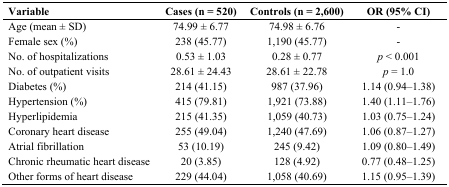
<table><thead><tr><td><b>Variable</b></td><td><b>Cases (n = 520)</b></td><td><b>Controls (n = 2,600)</b></td><td><b>OR (95% CI)</b></td></tr></thead><tbody><tr><td>Age (mean ± SD)</td><td>74.99 ± 6.77</td><td>74.98 ± 6.76</td><td>-</td></tr><tr><td>Female sex (%)</td><td>238 (45.77)</td><td>1,190 (45.77)</td><td>-</td></tr><tr><td>No. of hospitalizations</td><td>0.53 ± 1.03</td><td>0.28 ± 0.77</td><td><i>p</i> &lt; 0.001</td></tr><tr><td>No. of outpatient visits</td><td>28.61 ± 24.43</td><td>28.61 ± 22.78</td><td><i>p</i> = 1.0</td></tr><tr><td>Diabetes (%)</td><td>214 (41.15)</td><td>987 (37.96)</td><td>1.14 (0.94–1.38)</td></tr><tr><td>Hypertension (%)</td><td>415 (79.81)</td><td>1,921 (73.88)</td><td>1.40 (1.11–1.76)</td></tr><tr><td>Hyperlipidemia</td><td>215 (41.35)</td><td>1,059 (40.73)</td><td>1.03 (0.75–1.24)</td></tr><tr><td>Coronary heart disease</td><td>255 (49.04)</td><td>1,240 (47.69)</td><td>1.06 (0.87–1.27)</td></tr><tr><td>Atrial fibrillation</td><td>53 (10.19)</td><td>245 (9.42)</td><td>1.09 (0.80–1.49)</td></tr><tr><td>Chronic rheumatic heart disease</td><td>20 (3.85)</td><td>128 (4.92)</td><td>0.77 (0.48–1.25)</td></tr><tr><td>Other forms of heart disease</td><td>229 (44.04)</td><td>1,058 (40.69)</td><td>1.15 (0.95–1.39)</td></tr></tbody></table>